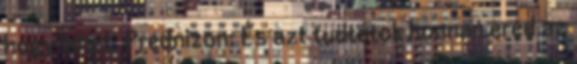
hogy lehet. Prednizon: És azt tudtátok honnan ered az